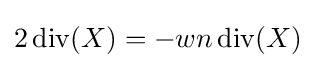
2\mathop {\mathrm {div} } (X)=-wn\operatorname {div} (X)